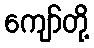
ကျော်တို့